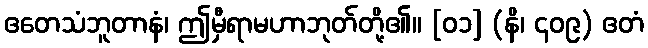
ဧတေသံဘူတာနံ၊ ဤမှီရာမဟာဘုတ်တို့၏။ [၀၁] (နိ၊ ၄၀၉) ဧတံ